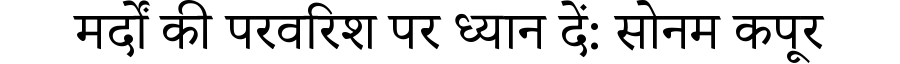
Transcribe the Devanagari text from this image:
मर्दों की परवरिश पर ध्यान दें: सोनम कपूर